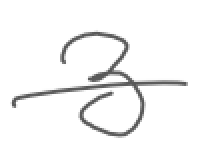
Text: 3
Cross-out: single-line
Writing tool: digital_gray